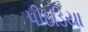
પીઠડિયા